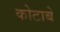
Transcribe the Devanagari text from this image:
कोटाबे